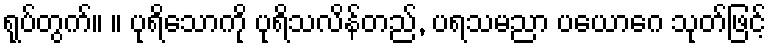
ရုပ်တွက်။ ။ ပုရိသောကို ပုရိသလိန်တည်, ပရသမညာ ပယောဂေ သုတ်ဖြင့်